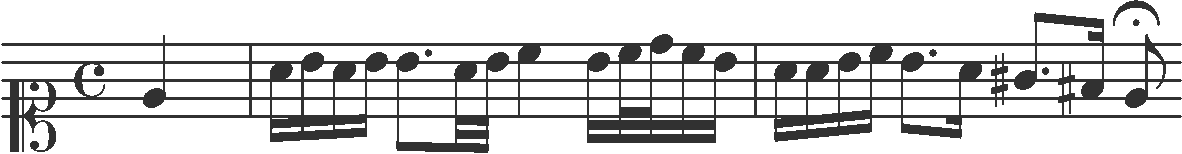
Transcription: clef-C1 timeSignature-C note-E4_quarter barline note-A4_sixteenth note-B4_sixteenth note-A4_sixteenth note-B4_sixteenth note-B4_eighth. note-A4_thirty_second note-B4_thirty_second note-C5_quarter note-B4_sixteenth note-C5_thirty_second note-D5_thirty_second note-C5_sixteenth note-B4_sixteenth barline note-A4_sixteenth note-A4_sixteenth note-B4_sixteenth note-C5_sixteenth note-B4_eighth. note-A4_sixteenth note-G#4_eighth. note-F#4_sixteenth note-E4_eighth_fermata